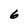
Character: 6